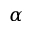
\alpha